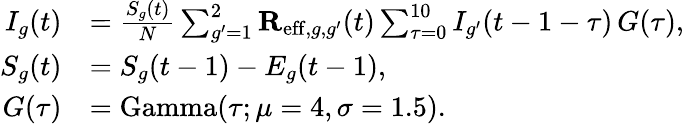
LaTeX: \begin{array}{rl}{I_{g}(t)}&{=\frac{S_{g}(t)}{N}\sum_{g^{\prime}=1}^{2}\mathbf{R}_{\mathrm{eff},g,g^{\prime}}(t)\sum_{\tau=0}^{10}I_{g^{\prime}}(t-1-\tau)\, G(\tau),}\\ {S_{g}(t)}&{=S_{g}(t-1)-E_{g}(t-1),}\\ {G(\tau)}&{=\mathrm{Gamma}(\tau;\mu=4,\sigma=1.5).}\end{array}